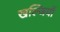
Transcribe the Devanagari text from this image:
खल्जियों